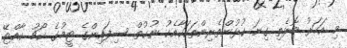
މި އަހަރު މޮޅެތި ގިނަ ކުޅުންތެރިންތަކަކާއެކު ނުކުތް ސިފައިންގެ ޓީމުގެ ކޯޗު ކާއްޓޭ